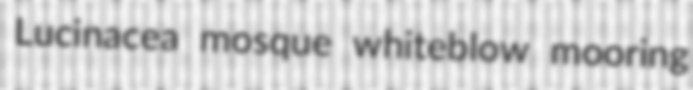
Lucinacea mosque whiteblow mooring